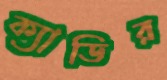
ক্যাডির